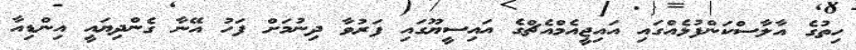
ހިތުގެ އާލާސްކަންފުޅެއްގައި އައިޖީއެމްއެޗްގެ އައިސީޔޫގައި ފަރުވާ ދިނުމަށް ފަހު އޭނާ ގެންދިޔައީ އިންޑިއާ